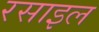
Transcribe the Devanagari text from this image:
रसाइल